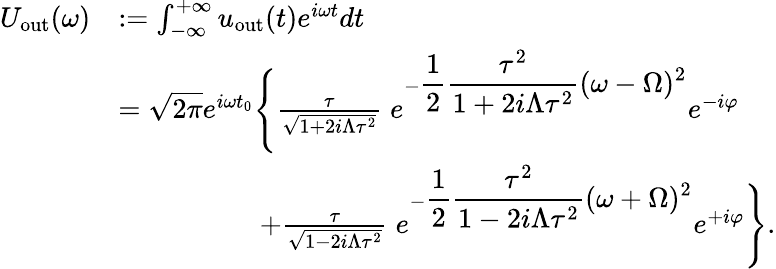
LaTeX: \begin{array}{rl}{U_{\mathrm{out}}(\omega)}&{:=\int_{-\infty}^{+\infty}u_{\mathrm{out}}(t)e^{i\omega t}dt}\\ &{=\sqrt{2\pi}e^{i\omega t_{0}}\Bigg\{ \frac{\tau}{\sqrt{1+2i\Lambda\tau^{2}}}\; e^{-\displaystyle\frac{1}{2}\frac{\tau^{2}}{1+2i\Lambda\tau^{2}}(\omega-\Omega)^{2}}e^{-i\varphi}}\\ &{\quad\quad\quad\quad\quad+\frac{\tau}{\sqrt{1-2i\Lambda\tau^{2}}}\; e^{-\displaystyle\frac{1}{2}\frac{\tau^{2}}{1-2i\Lambda\tau^{2}}(\omega+\Omega)^{2}}e^{+i\varphi}\Bigg\} .}\end{array}